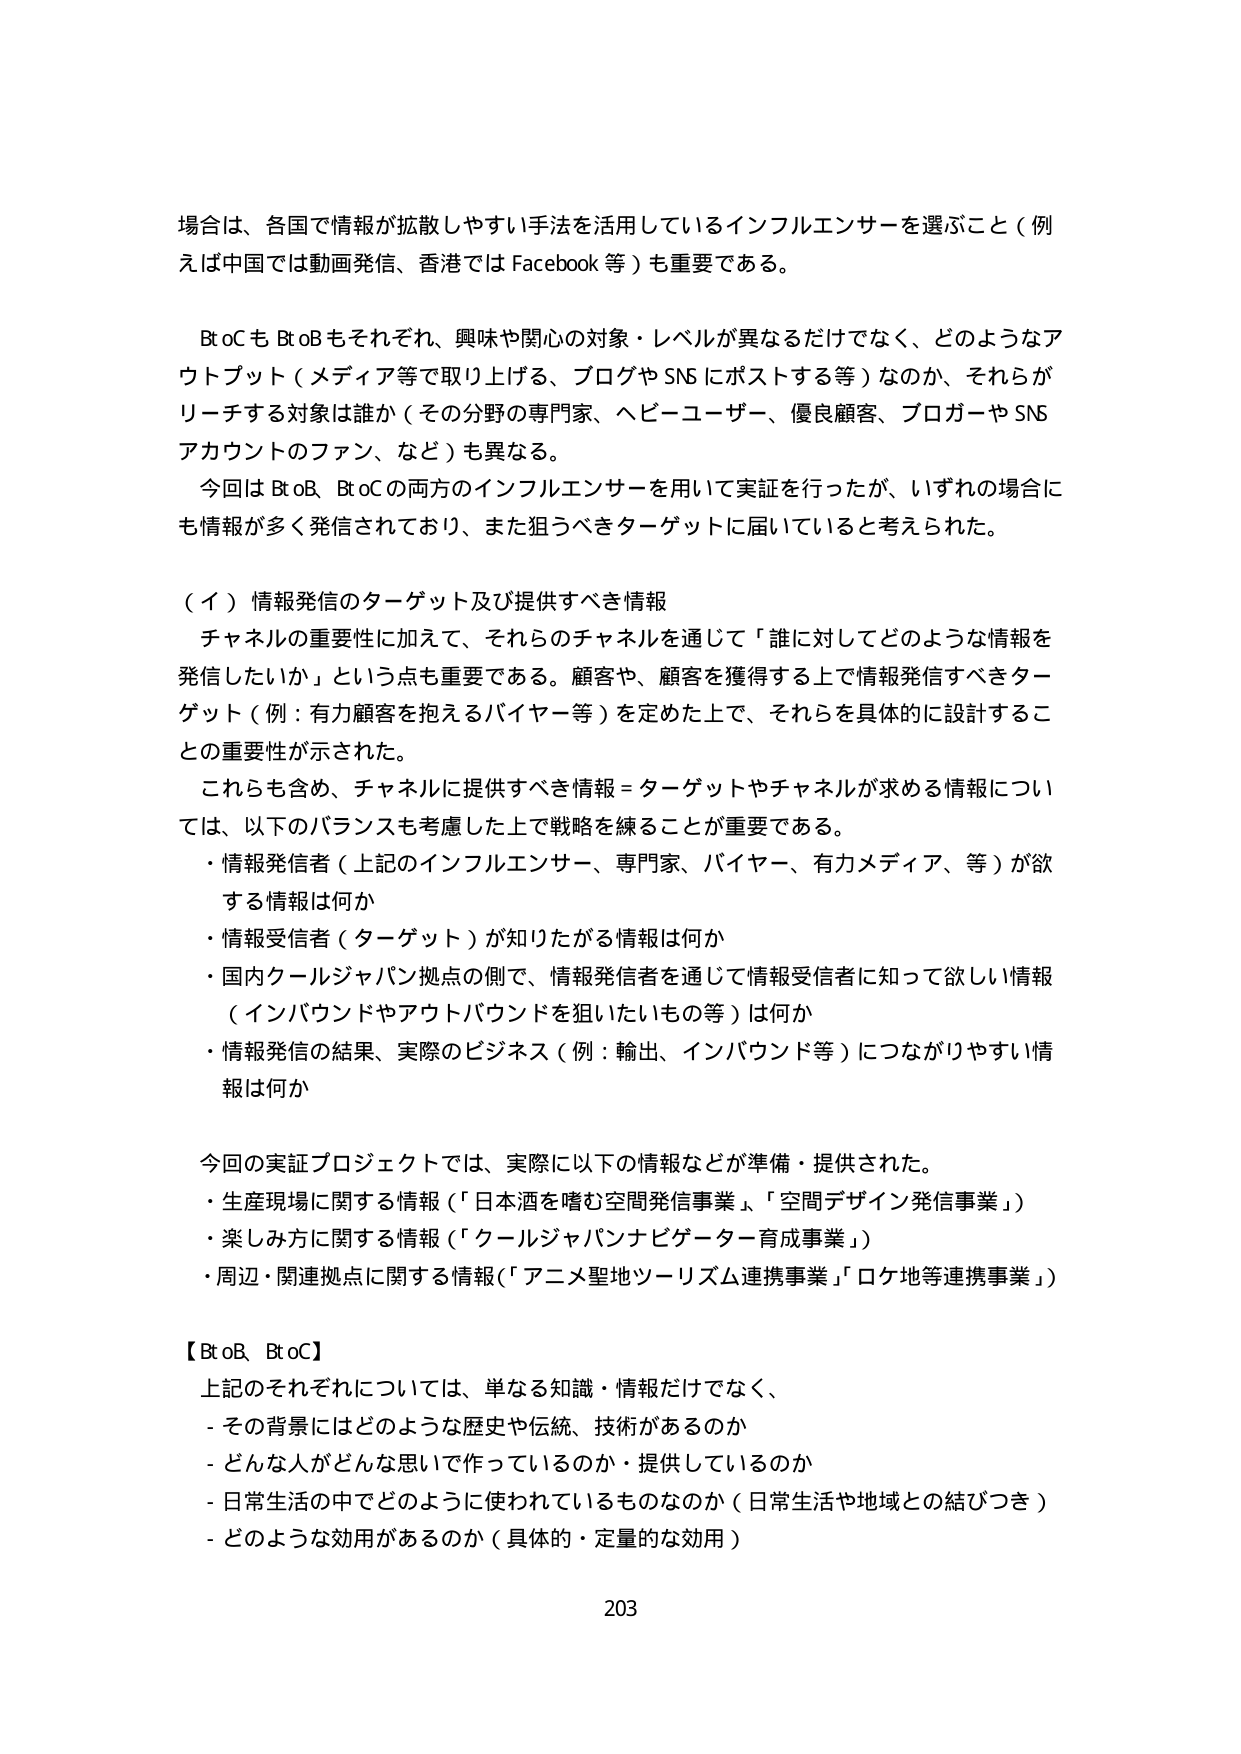
場合は、各国で情報が拡散しやすい手法を活用しているインフルエンサーを選ぶこと（例えば中国では動画発信、香港では Facebook 等）も重要である。

BtoC も BtoB もそれぞれ、興味や関心の対象・レベルが異なるだけでなく、どのようなアウトプット（メディア等で取り上げる、ブログや SNS にポストする等）なのか、それらがリーチする対象は誰か（その分野の専門家、ヘビーユーザー、優良顧客、ブロガーや SNS アカウントのファン、など）も異なる。

今回は BtoB、BtoC の両方のインフルエンサーを用いて実証を行ったが、いずれの場合にも情報が多く発信されており、また狙うべきターゲットに届いていると考えられた。

（イ）情報発信のターゲット及び提供すべき情報

チャネルの重要性に加えて、それらのチャネルを通じて「誰に対してどのような情報を発信したいか」という点も重要である。顧客や、顧客を獲得する上で情報発信すべきターゲット（例：有力顧客を抱えるバイヤー等）を定めた上で、それらを具体的に設計することの重要性が示された。

これらも含め、チャネルに提供すべき情報＝ターゲットやチャネルが求める情報については、以下のバランスも考慮した上で戦略を練ることが重要である。

・情報発信者（上記のインフルエンサー、専門家、バイヤー、有力メディア、等）が欲する情報は何か

・情報受信者（ターゲット）が知りたがる情報は何か

・国内クールジャパン拠点の側で、情報発信者を通じて情報受信者に知って欲しい情報（インバウンドやアウトバウンドを狙いたいもの等）は何か

・情報発信の結果、実際のビジネス（例：輸出、インバウンド等）につながりやすい情報は何か

今回の実証プロジェクトでは、実際に以下の情報などが準備・提供された。

・生産現場に関する情報（「日本酒を嗜む空間発信事業」、「空間デザイン発信事業」）

・楽しみ方に関する情報（「クールジャパンナビゲーター育成事業」）

・周辺・関連拠点に関する情報（「アニメ聖地ツーリズム連携事業」「ロケ地等連携事業」）

【BtoB、BtoC】

上記のそれぞれについては、単なる知識・情報だけでなく、

- その背景にはどのような歴史や伝統、技術があるのか

- どんな人がどんな思いで作っているのか・提供しているのか

- 日常生活の中でどのように使われているものなのか（日常生活や地域との結びつき）

- どのような効用があるのか（具体的・定量的な効用）

203